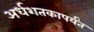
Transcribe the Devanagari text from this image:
अर्धशतकापर्यंत